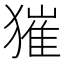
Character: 獕